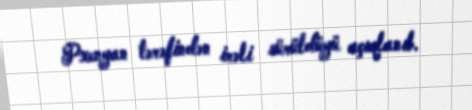
Pxenyan tərəfindən irəli sürüldüyü açıqlanıb.